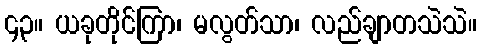
၄၃။ ယခုတိုင်ကြာ၊ မလွတ်သာ၊ လည်ချာတသဲသဲ။